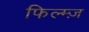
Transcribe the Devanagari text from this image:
फिल्म्ज़